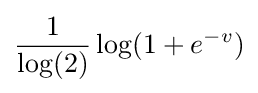
{\frac {1}{\log(2)}}\log(1+e^{-v})